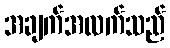
အချက်အလက်သည်